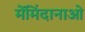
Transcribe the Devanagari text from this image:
मेंमिंदानाओ